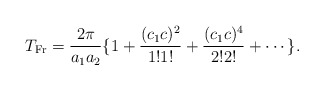
\begin{align*} T_{\rm Fr} = \frac{2\pi}{a_1a_2}\{1+\frac{(c_1c)^2}{1!1!}+\frac{(c_1c)^4}{2!2!}+\cdots\}.\end{align*}